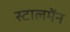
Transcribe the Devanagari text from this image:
स्टालमेंन